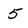
Character: 5